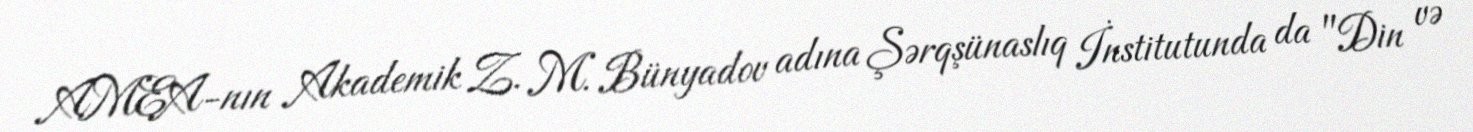
AMEA-nın Akademik Z. M. Bünyadov adına Şərqşünaslıq İnstitutunda da "Din və